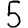
Digit: 5